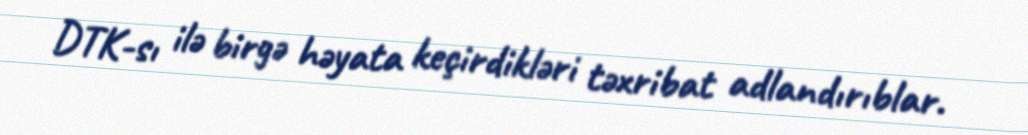
DTK-sı ilə birgə həyata keçirdikləri təxribat adlandırıblar.